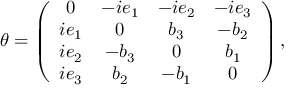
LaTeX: \theta = \left( \begin{array} { c c c c } { { 0 } } & { { - i e _ { 1 } } } & { { - i e _ { 2 } } } & { { - i e _ { 3 } } } \\ { { i e _ { 1 } } } & { { 0 } } & { { b _ { 3 } } } & { { - b _ { 2 } } } \\ { { i e _ { 2 } } } & { { - b _ { 3 } } } & { { 0 } } & { { b _ { 1 } } } \\ { { i e _ { 3 } } } & { { b _ { 2 } } } & { { - b _ { 1 } } } & { { 0 } } \end{array} \right) ,